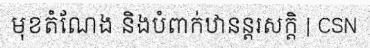
មុខតំណែង និងបំពាក់ឋានន្តរសក្តិ | CSN